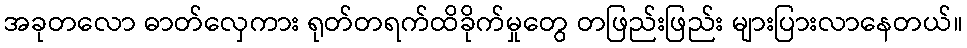
အခုတလော ဓာတ်လှေကား ရုတ်တရက်ထိခိုက်မှုတွေ တဖြည်းဖြည်း များပြားလာနေတယ်။